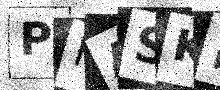
Text: PFASKK